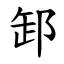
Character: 䣃